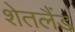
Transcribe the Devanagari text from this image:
शेतलैंड